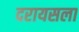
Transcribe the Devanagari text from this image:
दरायसला